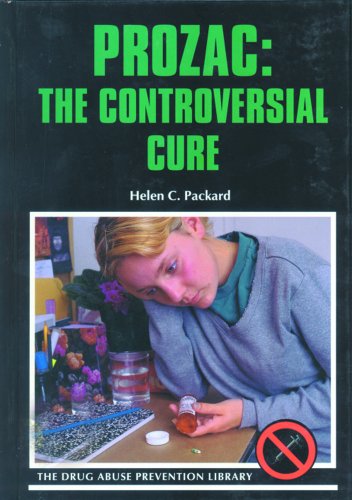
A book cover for Prozac: The Controversial Cure (Drug Abuse Prevention Library); Helen C. Packard; Teen & Young Adult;